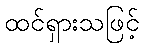
ထင်ရှားသဖြင့်